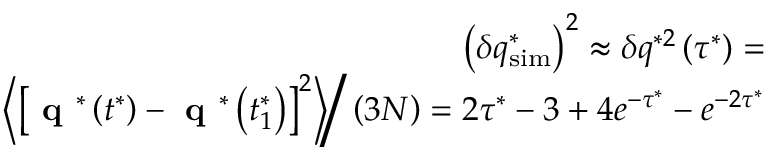
\begin{array} { r } { \left( \delta q _ { \mathrm { s i m } } ^ { * } \right) ^ { 2 } \approx \delta q ^ { * 2 } \left( \tau ^ { * } \right) = } \\ { \left. \left< \left[ \textbf { q } ^ { * } \left( t ^ { * } \right) - \textbf { q } ^ { * } \left( t _ { 1 } ^ { * } \right) \right] ^ { 2 } \right> \right/ \left( 3 N \right) = 2 \tau ^ { * } - 3 + 4 e ^ { - \tau ^ { * } } - e ^ { - 2 \tau ^ { * } } } \end{array}